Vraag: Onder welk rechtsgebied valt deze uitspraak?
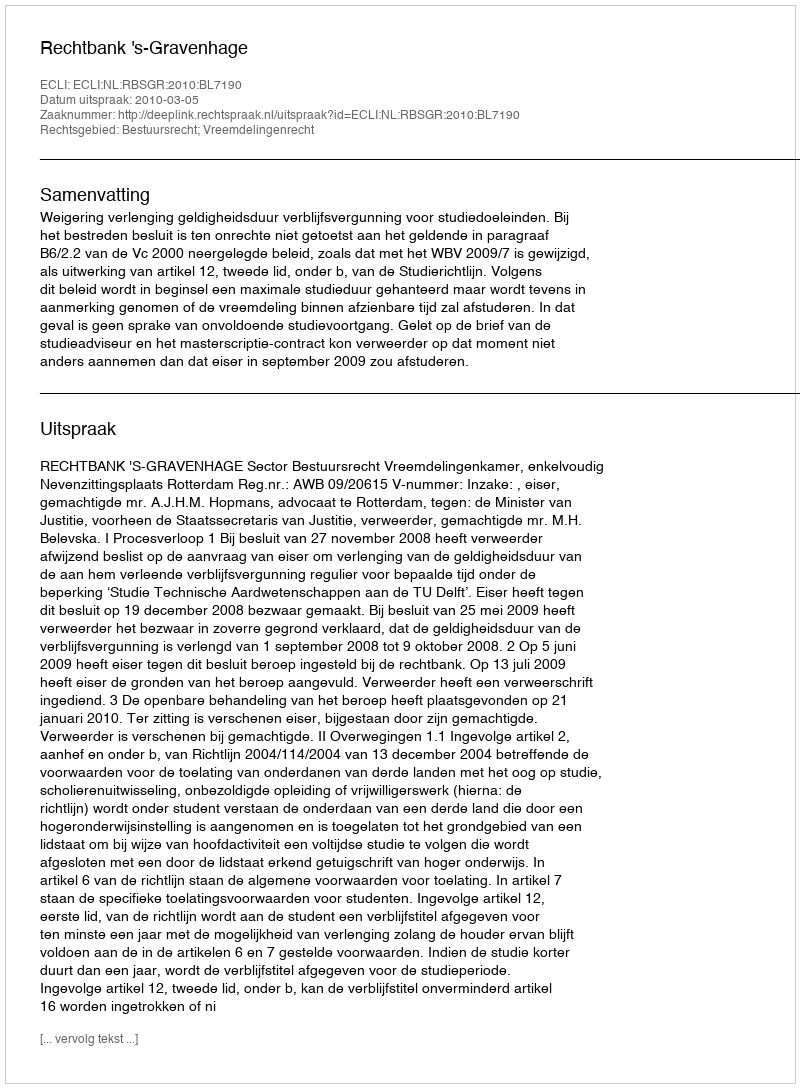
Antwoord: Bestuursrecht; Vreemdelingenrecht